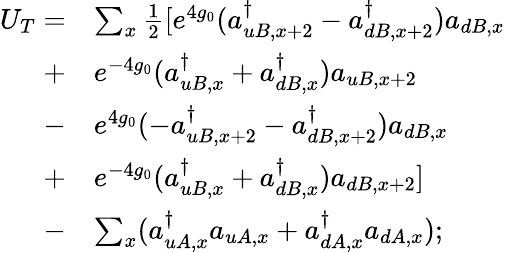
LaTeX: \begin{array}{rl}{U_{T}=}&{\sum_{x}\frac{1}{2}[e^{4g_{0}}(a_{uB,x+2}^{\dagger}-a_{dB,x+2}^{\dagger})a_{dB,x}}\\ {+}&{e^{-4g_{0}}(a_{uB,x}^{\dagger}+a_{dB,x}^{\dagger})a_{uB,x+2}}\\ {-}&{e^{4g_{0}}(-a_{uB,x+2}^{\dagger}-a_{dB,x+2}^{\dagger})a_{dB,x}}\\ {+}&{e^{-4g_{0}}(a_{uB,x}^{\dagger}+a_{dB,x}^{\dagger})a_{dB,x+2}]}\\ {-}&{\sum_{x}(a_{uA,x}^{\dagger}a_{uA,x}+a_{dA,x}^{\dagger}a_{dA,x});}\end{array}